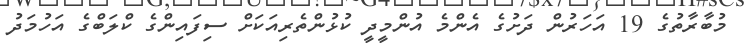
މުބާރާތުގެ 19 އަހަރުން ދަށުގެ އެންމެ އުންމީދީ ކުޅުންތެރިއަކަށް ސިފައިންގެ ކްލަބްގެ އަހުމަދު